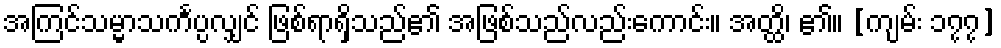
အကြင်သမ္မာသင်္ကပ္ပလျှင် ဖြစ်ရာရှိသည်၏ အဖြစ်သည်လည်းကောင်း။ အတ္ထိ၊ ၏။ [ကျမ်း ၁၇၇]